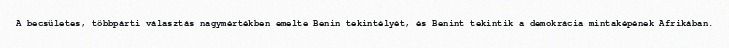
A becsületes, többpárti választás nagymértékben emelte Benin tekintélyét, és Benint tekintik a demokrácia mintaképének Afrikában.